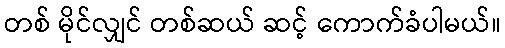
တစ် မိုင်လျှင် တစ်ဆယ် ဆင့် ကောက်ခံပါမယ်။